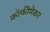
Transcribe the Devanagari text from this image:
कॉफीमेकर